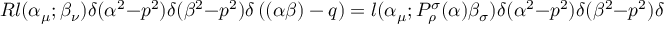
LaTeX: R l ( \alpha _ { \mu } ; \beta _ { \nu } ) \delta ( \alpha ^ { 2 } - p ^ { 2 } ) \delta ( \beta ^ { 2 } - p ^ { 2 } ) \delta \left( ( \alpha \beta ) - q \right) = l ( \alpha _ { \mu } ; P _ { \rho } ^ { \sigma } ( \alpha ) \beta _ { \sigma } ) \delta ( \alpha ^ { 2 } - p ^ { 2 } ) \delta ( \beta ^ { 2 } - p ^ { 2 } ) \delta \left( ( \alpha \beta ) - q \right)